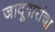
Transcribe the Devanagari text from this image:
जादूगारांचा